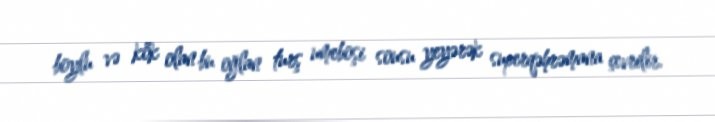
boylu və kök olan bu oğlan turş umeboşi sousu yeyərək superqəhrəmana çevrilir.